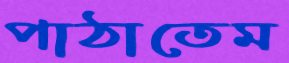
পাঠাতেম